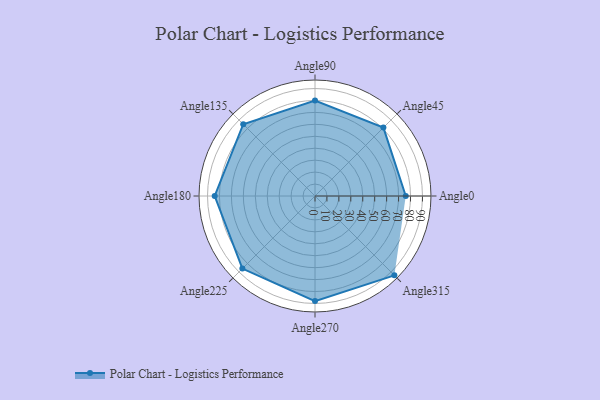
{"axis": {"x": "Angle", "y": "Radius"}, "legend": [""], "data": [{"x": "Angle0", "y": 76.0, "type": ""}, {"x": "Angle45", "y": 81.0, "type": ""}, {"x": "Angle90", "y": 80.0, "type": ""}, {"x": "Angle135", "y": 85.0, "type": ""}, {"x": "Angle180", "y": 84.0, "type": ""}, {"x": "Angle225", "y": 86.0, "type": ""}, {"x": "Angle270", "y": 88.0, "type": ""}, {"x": "Angle315", "y": 94.0, "type": ""}]}